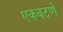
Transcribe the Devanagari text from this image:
एकवटणे